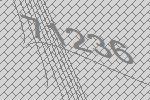
71236